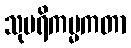
သုပရိကမ္မကတာ